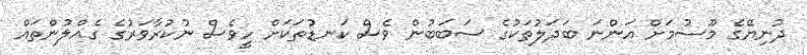
ދުނިޔޭގެ މޫސުމަށް އަންނަ ބަދަލުތަކުގެ ސަބަބުން ވެސް ކަނޑުތަކަށް ހީވެސް ނުކުރާވަރުގެ ގެއްލުންތައް